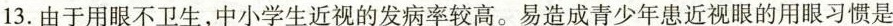
13.由于用眼不卫生，中小学生近视的发病率较高。易造成青少年患近视眼的用眼习惯是